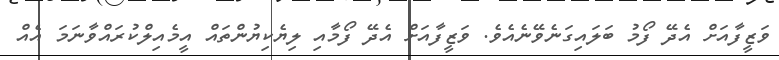
ވަޒީފާއަށް އެދޭ ފޯމު ބަލައިގަނެވޭނެއެވެ. ވަޒީފާއަށް އެދޭ ފޯމާއި ލިޔެކިޔުންތައް އީމެއިލްކުރައްވާނަމަ އެއް